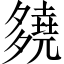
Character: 𡗊